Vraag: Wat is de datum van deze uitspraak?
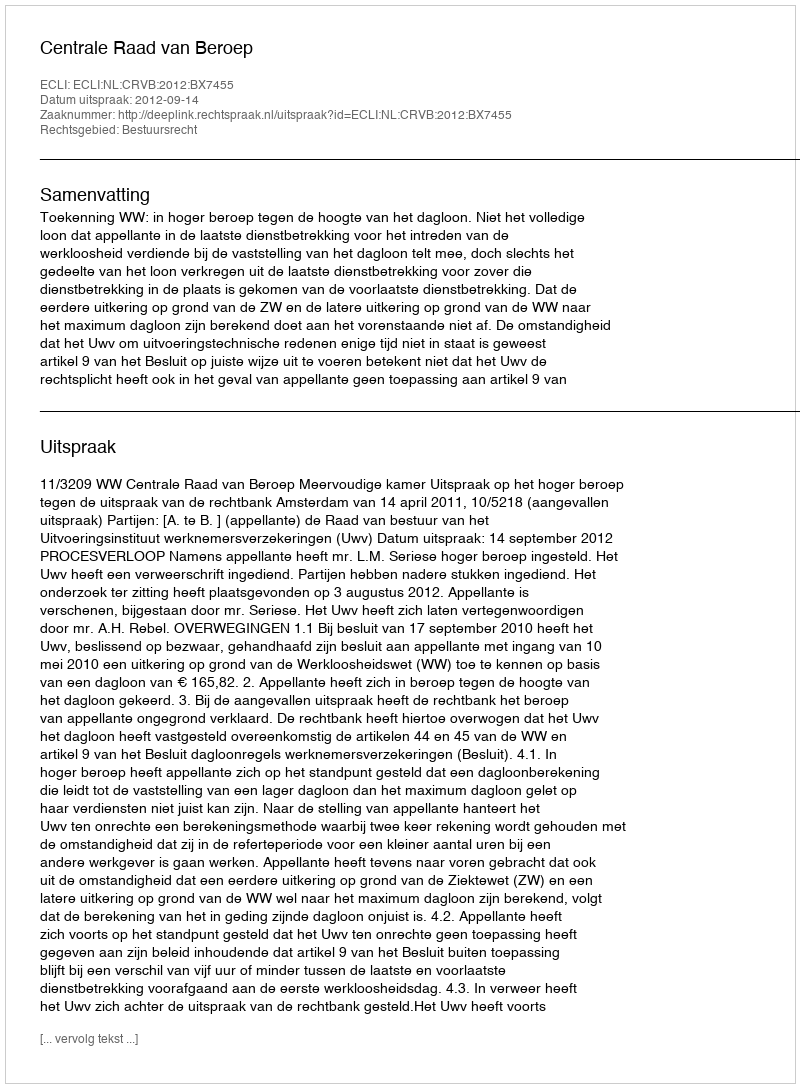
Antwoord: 2012-09-14